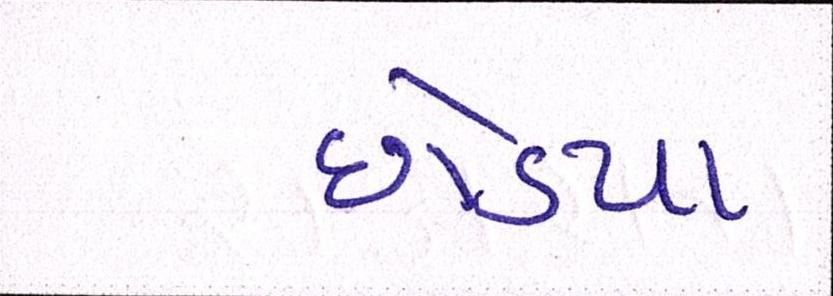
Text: છોડયા